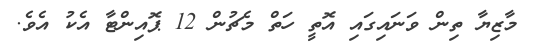
މާޒިޔާ ތިން ވަނައިގައި އޮތީ ހަތް މެޗުން 12 ޕޮއިންޓާ އެކު އެވެ.